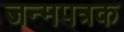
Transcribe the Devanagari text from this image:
जन्मपत्रक